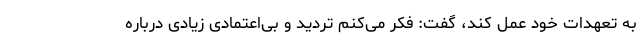
به تعهدات خود عمل کند، گفت: فکر می‌کنم تردید و بی‌اعتمادی زیادی درباره